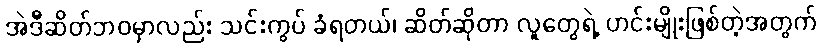
အဲဒီဆိတ်ဘဝမှာလည်း သင်းကွပ် ခံရတယ်၊ ဆိတ်ဆိုတာ လူတွေရဲ့ ဟင်းမျိုးဖြစ်တဲ့အတွက်